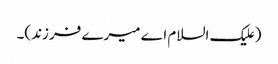
(علیک السلام اے میرے فرزند)۔